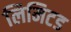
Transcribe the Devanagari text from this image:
लिमिटड